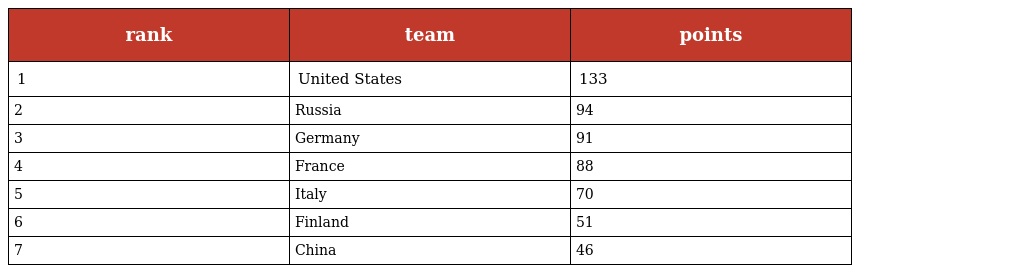
| rank | team | points |
 | --- | --- | --- |
 | 1 | United States | 133 |
 | 2 | Russia | 94 |
 | 3 | Germany | 91 |
 | 4 | France | 88 |
 | 5 | Italy | 70 |
 | 6 | Finland | 51 |
 | 7 | China | 46 |